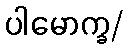
ပါမောက္ခ/